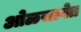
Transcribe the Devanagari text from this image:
ओळखावेत